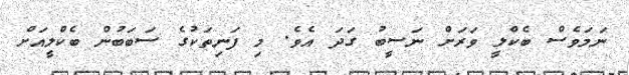
ނަމަވެސް ބެކްލީ ވަރަށް ނަސީބު ގަދަ އެވެ. މި ފަނިތަކުގެ ސަބަބުން ބެކްލީއަށް